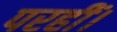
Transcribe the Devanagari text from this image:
परहीं।